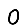
Digit: 0